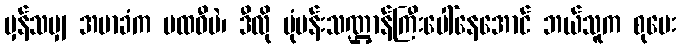
မှန်သမျှ အမာခံက ပထဝီပဲ၊ ဒီလို ပုံပန်းသဏ္ဌာန်ကြီးပေါ်နေအောင် ဘယ်သူက စုပေး